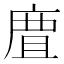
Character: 𢉺